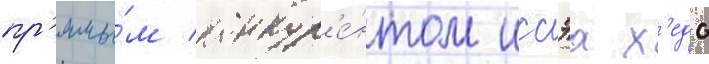
пр'ямы́м конкур'е́нтом иссэа х'едо